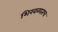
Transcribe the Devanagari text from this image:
शिरवळातच